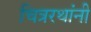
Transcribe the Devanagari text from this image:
चित्ररथांनी